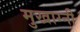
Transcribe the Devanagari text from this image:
मुखाग्नी